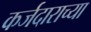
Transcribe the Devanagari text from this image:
कर्जदाराच्या